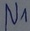
Text: N1